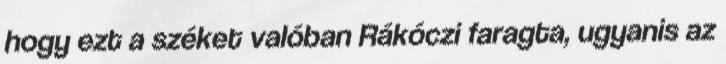
hogy ezt a széket valóban Rákóczi faragta, ugyanis az